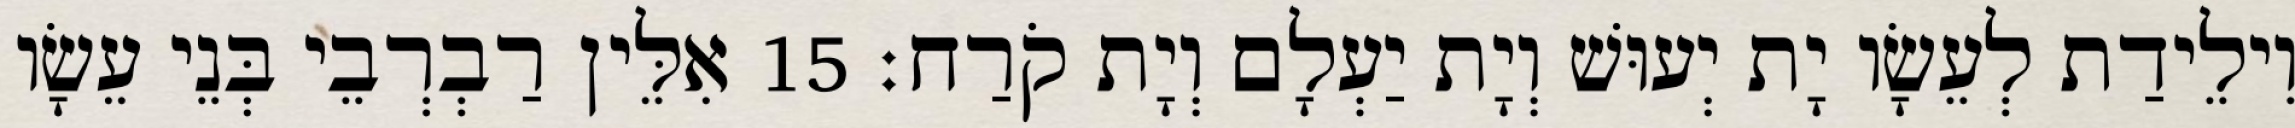
וִילֵידַת לְעֵשָׂו יָת יְעוּשׁ וְיָת יַעְלָם וְיָת קֹרַח׃ 15 אִלֵּין רַבְרְבֵי בְּנֵי עֵשָׂו